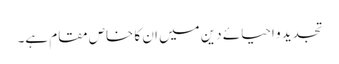
تجدید و احیائے دین میں ان کا خاص مقام ہے۔